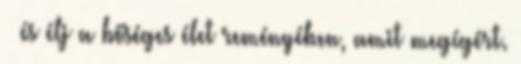
– és élj a bőséges élet reményében, amit megígért.